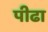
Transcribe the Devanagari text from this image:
पीढा